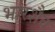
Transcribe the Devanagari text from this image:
भारशैव